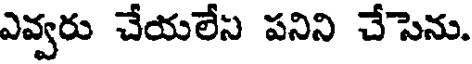
ఎవ్వరు చేయలేస పనిని చేసెను.